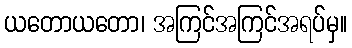
ယတောယတော၊ အကြင်အကြင်အရပ်မှ။